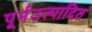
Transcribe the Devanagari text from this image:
पूर्नउत्पादित